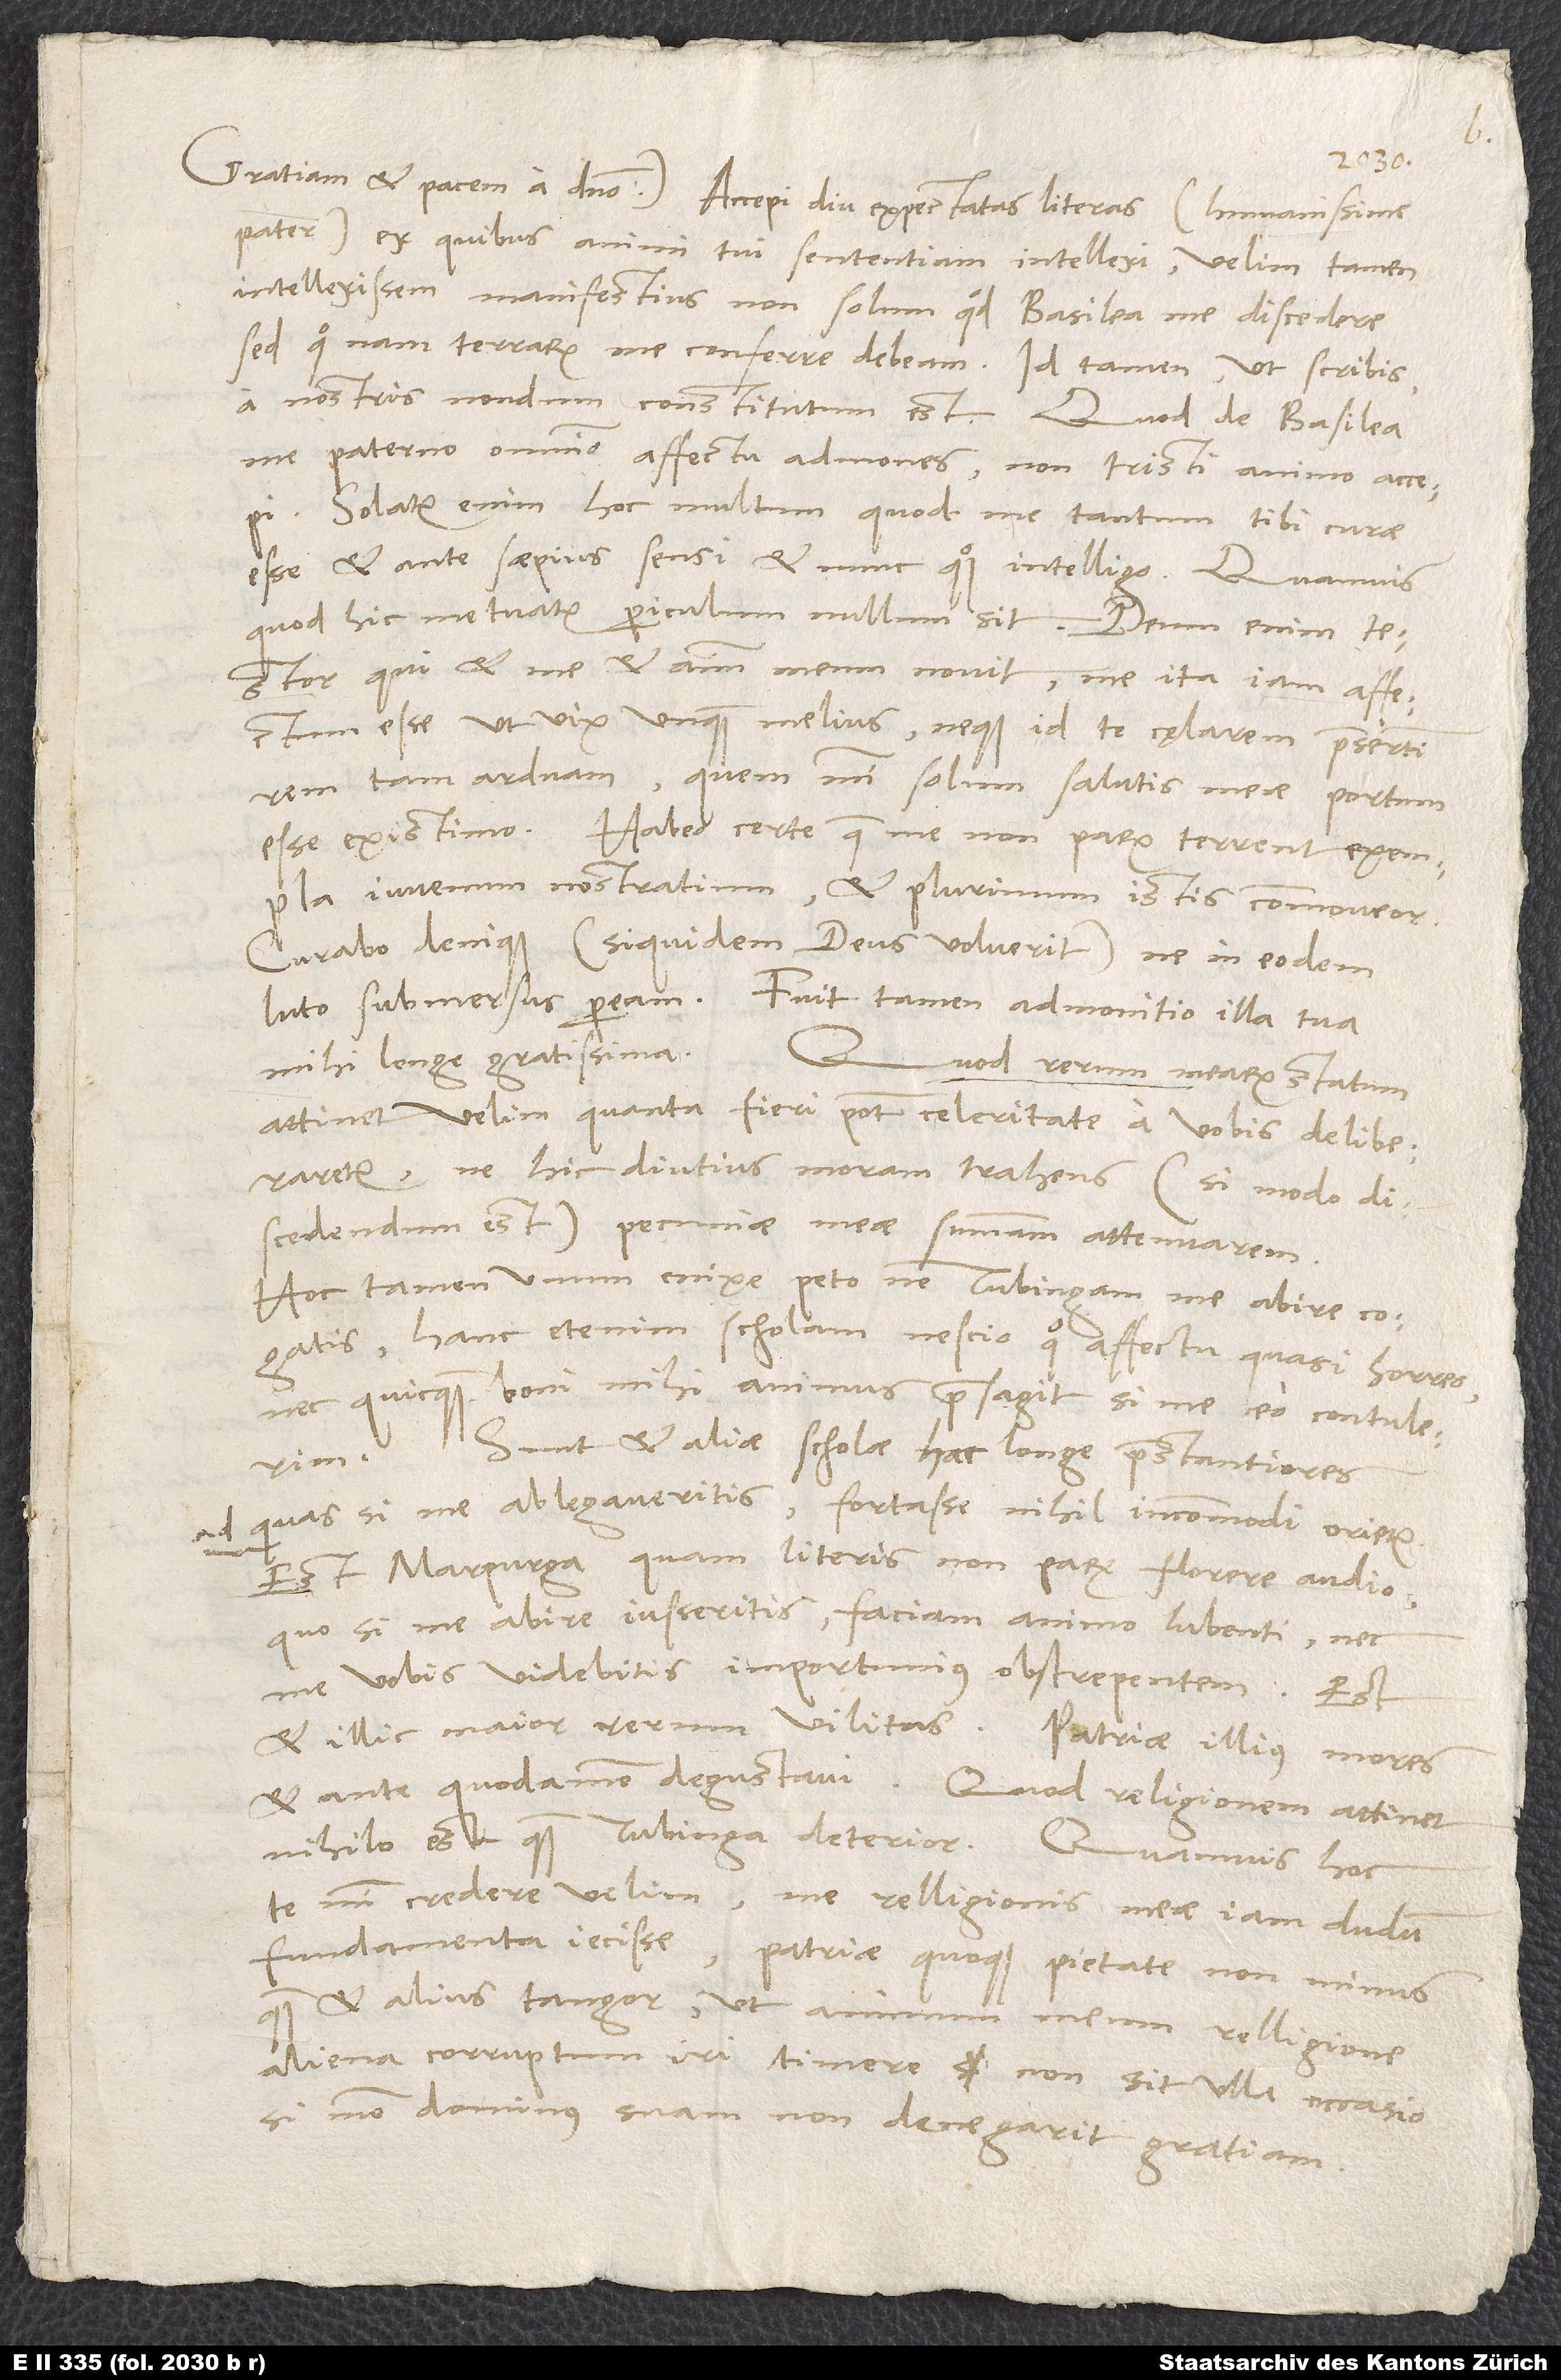
pater, ex quibus animi tui sententiam intellexi. Velim tamen,
intellexissem manifestius non solum, quod Basilea me discedere,
sed quo nam terrarum me conferre debeam; id tamen, ut scribis,
a nostris nondum constitutum est. Quod de Basilea
me paterno omnino affectu admones, non tristi animo accepi.
Solatur enim hoc multum, quod me tantum tibi curae
esse et ante saepius sensi et nunc quoque intelligo. Quamvis,
quod hic metuatur, periculum nullum sit. Deum enim
qui et me et animum meum novit, me ita iam affectum
esse ut vix unquam melius, neque id te cęlarem, praesertim
rem tam arduam, quem mihi solum salutis meae portum
esse existimo. Habeo certe, quae me non parum terrent, exempla
iuvenum nostratium, et plurimum istis commoveor.
Curabo denique (siquidem deus voluerit), ne in eodem
luto submersus peream. Fuit tamen admonitio illa tua
mihi longe gratissima.
Quod rerum mearum statum
attinet, velim, quanta fieri potest celeritate a vobis deliberaretur,
ne hic diutius moram trahens (si modo
discedendum est) pecuniae meae summam attenuarem.
Hoc tamen unum enixe peto, ne Tubingam me abire cogatis;
hanc etenim scholam nescio quo affectu quasi horreo,
nec quicquam boni mihi animus praesagit, si me eo contulerim.
Sunt et aliae scholae hac longe praestantiores,
ad quas si me ablegaveritis, fortasse nihil incommodi orietur.
Est Marpurga, quam literis non parum florere audio;
quo si me abire iusseritis, faciam animo lubenti, nec
me vobis videbitis importunius obstrepentem. Est
et illic maior rerum vilitas. Patriae illius mores
et ante quodammodo degustavi. Quod religionem attinet,
nihilo est quam Tubinga deterior. Quamvis hoc
te mihi credere velim, me relligionis meae iam dudum
fundamenta iecisse. Patriae quoque pietate non minus
quam et alius tangor, ut animum meum relligione
aliena corruptum iri timere non sit ulla occasio,
si modo dominus suam non denegarit gratiam.